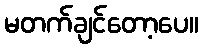
မတက်ချင်တော့ပေ။